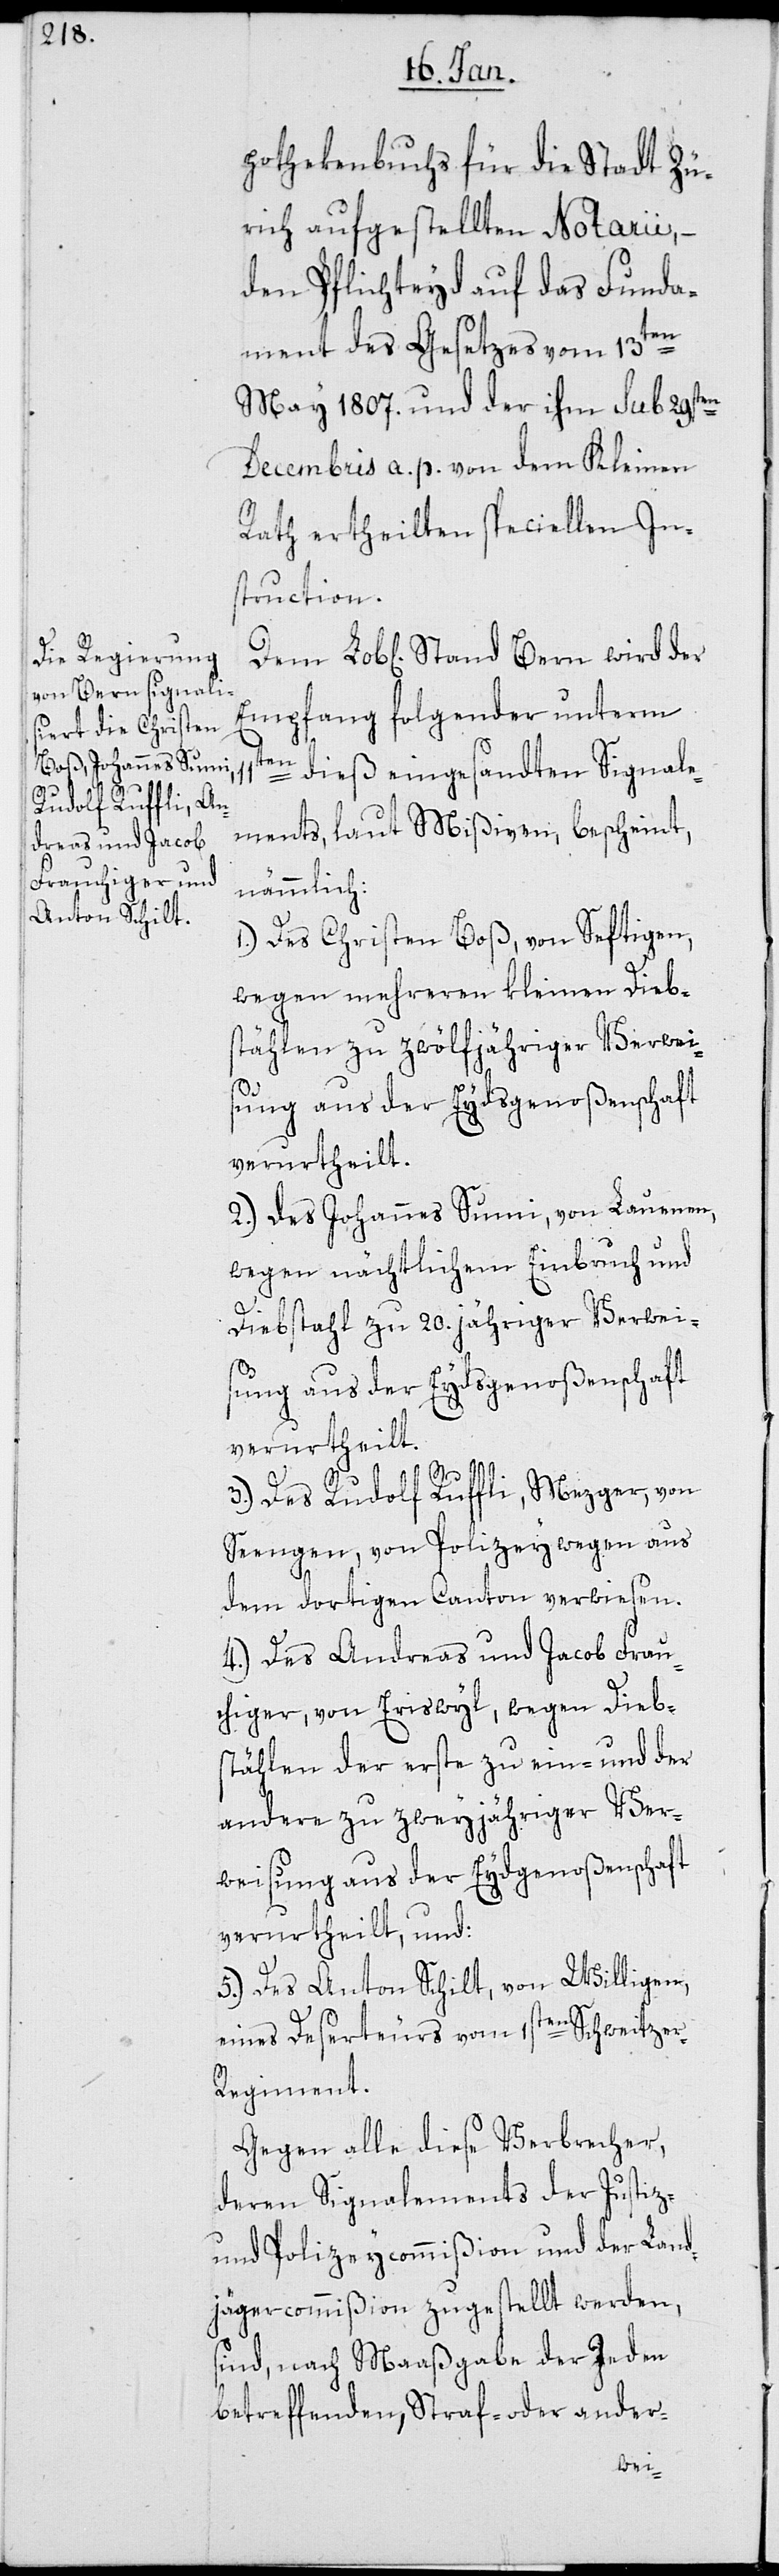
pothekenbuchs für die Stadt Zü¬
rich aufgestellten Notarii, –
den Pflichteyd auf das Funda¬
ment des Gesetzes vom 13ten
May 1807. und der ihm sub 29sten
Decembris a. p. von dem Kleinen
Rath ertheilten speciellen In¬
struction.
Empfang folgender unterm
11ten dieß eingesandten Signale¬
ments, laut Mißiven, bescheint,
nämmlich:
1.) Des Christen Boß, von Seftigen,
wegen mehreren kleinen Dieb¬
stählen zu zwölfjähriger Verweis¬
ung aus der Eydsgenoßenschaft
verurtheilt.
2.) Des Johannes Sumi, von Lauenen,
wegen nächtlichem Einbruch und
Diebstahl zu 20.jähriger Verwei¬
sung aus der Eydsgenoßenschaft
verurtheilt.
der
3.) Des Rudolf Ruffli, Metzger, von
Seengen, von Polizeywegen aus
dem dortigen Canton verwiesen.
4.) Des Andreas und Jacob Frau¬
chiger, von Eriswyl, wegen Diebs¬
tählen, der erste zu ein- und der
andere zu zweyjähriger Ver¬
weisung aus der Eydgenoßenschaft
verurtheilt, und:
5.) Des Anton Schilt, von Willigen,
eines Deserteurs vom 1sten Schweitze¬
r-Regiment.
Gegen alle diese Verbrecher,
deren Signalements der Justiz-
und Polizeycommißion und der Land¬
jägercommißion zugestellt werden,
sind nach Maaßgabe der Jeden
betreffenden Straf- oder ander-